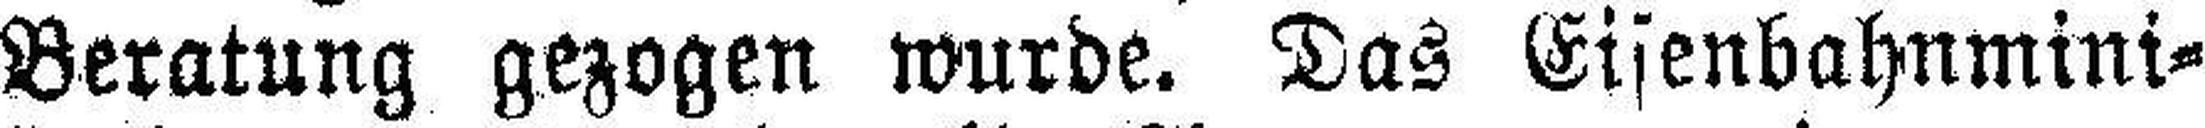
Beratung gezogen wurde. Das Eisenbahnmini¬